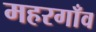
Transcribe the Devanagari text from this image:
महरगाँव